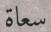
سعاة